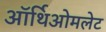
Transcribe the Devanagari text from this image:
ऑर्थिओमलेट